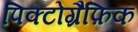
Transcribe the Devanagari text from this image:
पिक्टोग्रैफ़िक